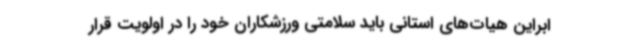
ابراین هیات‌های استانی باید سلامتی ورزشکاران خود را در اولویت قرار